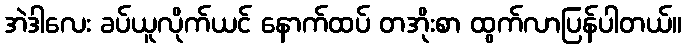
အဲဒါလေး ခပ်ယူလိုက်ယင် နောက်ထပ် တအိုးစာ ထွက်လာပြန်ပါတယ်။